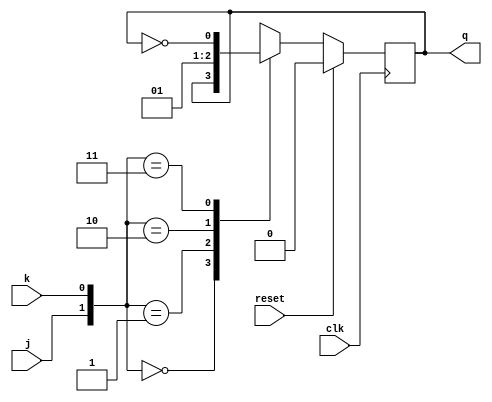
`timescale 1ns / 1ps
// Team: Joshua Liu (105136031), Cody Fan (205102002)
// Team ID: P07
// Project: Project #3 Design of Sequential Systems
// Class: EE M16 Logic Design of Digital Systems

module jkff(reset, clk, j, k, q);

		input j, k, clk, reset;
		output q;
		
		wire j, k, clk, reset;
		reg q;
		
		always @(posedge clk) begin
		
			if(reset) begin
				q=1'b0;
			end else begin
			
				case({j, k})
					{1'b0, 1'b0}: begin q = q; end
					{1'b0, 1'b1}: begin q = 1'b0; end
					{1'b1, 1'b0}: begin q = 1'b1; end
					{1'b1, 1'b1}: begin q = ~q; end
				endcase
			end
		end
 
endmodule